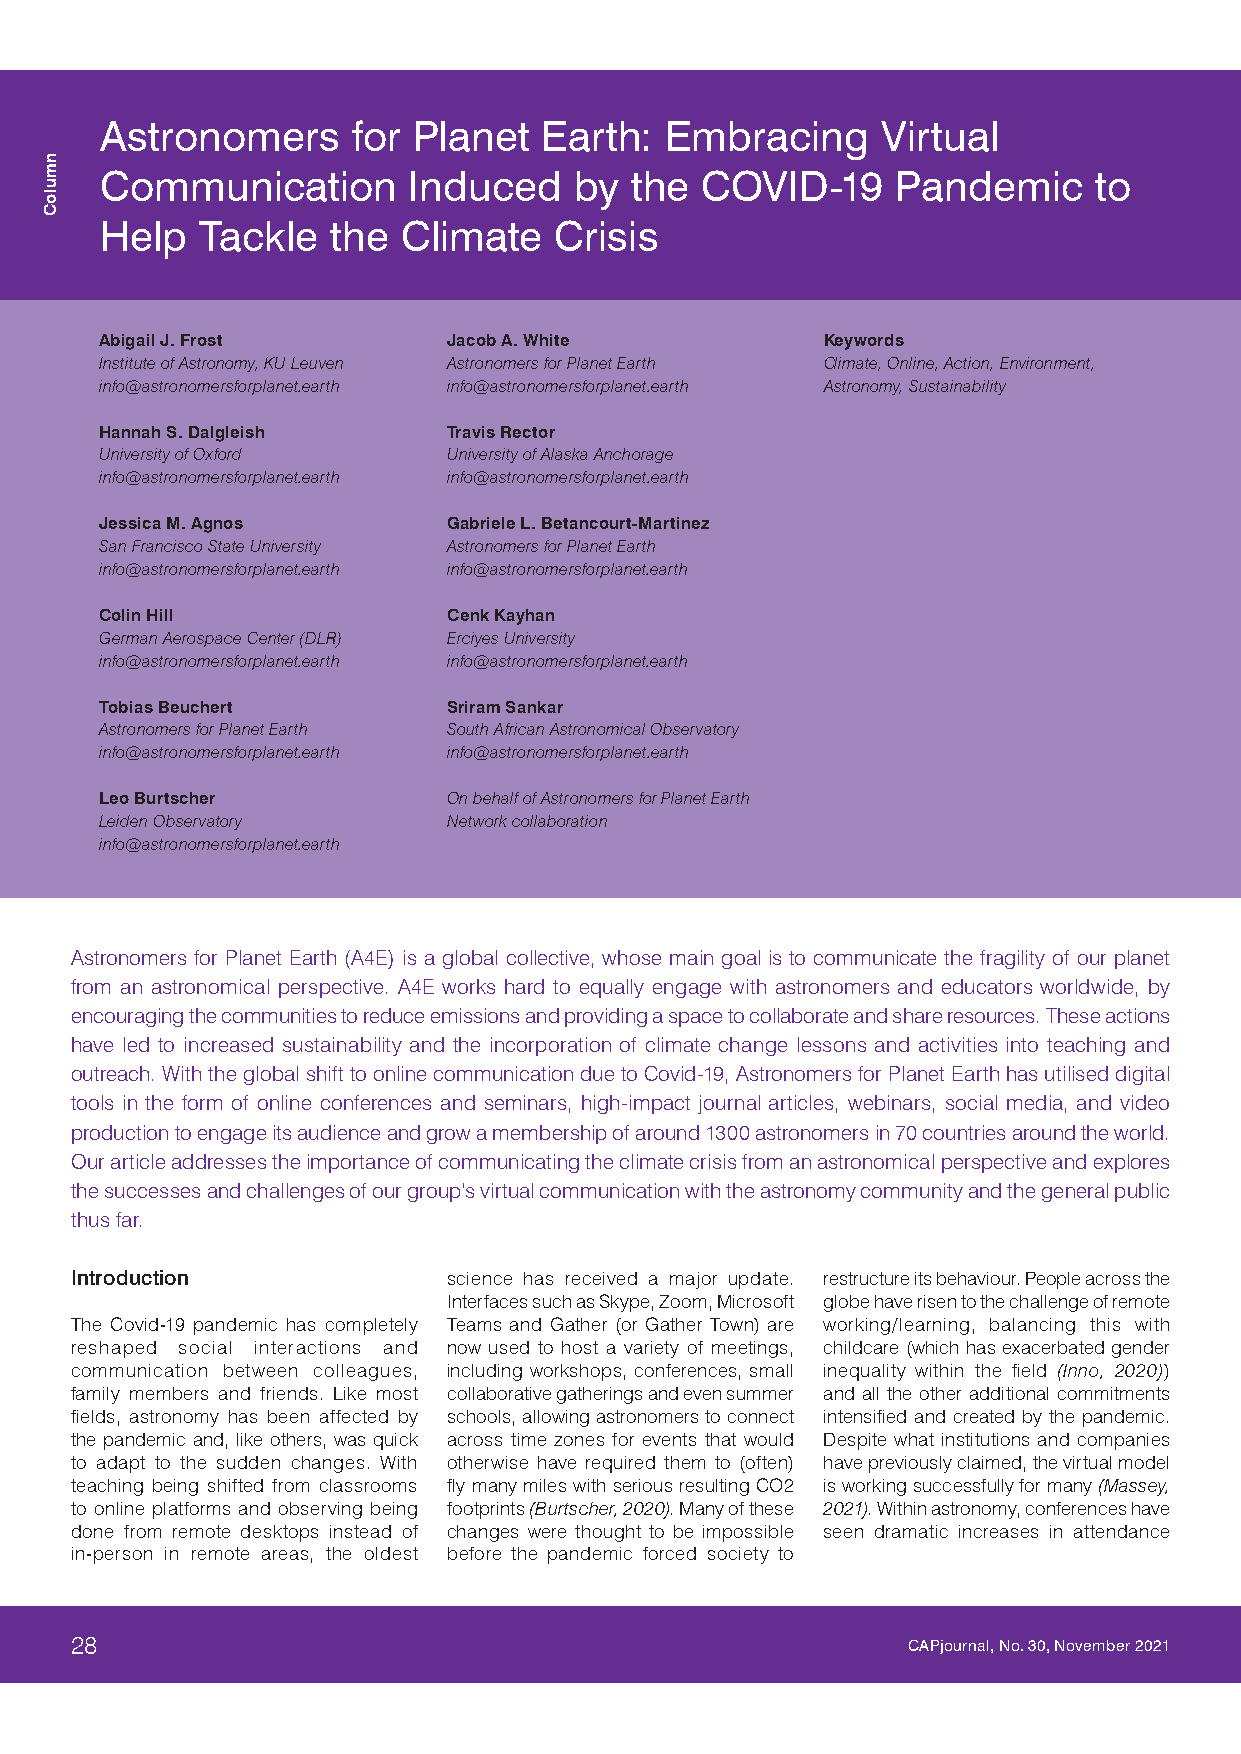
Astronomers     for Planet   Earth:  Embracing     Virtual
 Communication       Induced    by  the COVID-19     Pandemic     to
 Help  Tackle   the  Climate   Crisis
 Abigail J. Frost       Jacob A. White          Keywords
 Institute of Astronomy, KU Leuven Astronomers for Planet Earth Climate, Online, Action, Environment,
 info@astronomersforplanet.earth info@astronomersforplanet.earth Astronomy, Sustainability
 Hannah S. Dalgleish    Travis Rector
 University of Oxford   University of Alaska Anchorage
 info@astronomersforplanet.earth info@astronomersforplanet.earth
 Jessica M. Agnos       Gabriele L. Betancourt-Martinez
 San Francisco State University Astronomers for Planet Earth
 info@astronomersforplanet.earth info@astronomersforplanet.earth
 Colin Hill             Cenk Kayhan
 German Aerospace Center (DLR) Erciyes University
 info@astronomersforplanet.earth info@astronomersforplanet.earth
 Tobias Beuchert        Sriram Sankar
 Astronomers for Planet Earth South African Astronomical Observatory
 info@astronomersforplanet.earth info@astronomersforplanet.earth
 Leo Burtscher          On behalf of Astronomers for Planet Earth
 Leiden Observatory     Network collaboration
 info@astronomersforplanet.earth
 Astronomers for Planet Earth (A4E) is a global collective, whose main goal is to communicate the fragility of our planet
 from an astronomical perspective. A4E works hard to equally engage with astronomers and educators worldwide, by
 encouraging the communities to reduce emissions and providing a space to collaborate and share resources. These actions
 have led to increased sustainability and the incorporation of climate change lessons and activities into teaching and
 outreach. With the global shift to online communication due to Covid-19, Astronomers for Planet Earth has utilised digital
 tools in the form of online conferences and seminars, high-impact journal articles, webinars, social media, and video
 production to engage its audience and grow a membership of around 1300 astronomers in 70 countries around the world.
 Our article addresses the importance of communicating the climate crisis from an astronomical perspective and explores
 the successes and challenges of our group’s virtual communication with the astronomy community and the general public
 thus far.
 Introduction             science has received a major update. restructure its behaviour. People across the
 Interfaces such as Skype, Zoom, Microsoft globe have risen to the challenge of remote
 The Covid-19 pandemic has completely Teams and Gather (or Gather Town) are working/learning, balancing this with
 reshaped social interactions and now used to host a variety of meetings, childcare (which has exacerbated gender
 communication between colleagues, including workshops, conferences, small inequality within the field (Inno, 2020))
 family members and friends. Like most collaborative gatherings and even summer and all the other additional commitments
 fields, astronomy has been affected by schools, allowing astronomers to connect intensified and created by the pandemic.
 the pandemic and, like others, was quick across time zones for events that would Despite what institutions and companies
 to adapt to the sudden changes. With otherwise have required them to (often) have previously claimed, the virtual model
 teaching being shifted from classrooms fly many miles with serious resulting CO2 is working successfully for many (Massey,
 to online platforms and observing being footprints (Burtscher, 2020). Many of these 2021). Within astronomy, conferences have
 done from remote desktops instead of changes were thought to be impossible seen dramatic increases in attendance
 in-person in remote areas, the oldest before the pandemic forced society to
 28                                                     CAPjournal, No. 30, November 2021
 nmuloC